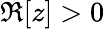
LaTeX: \Re[z]>0